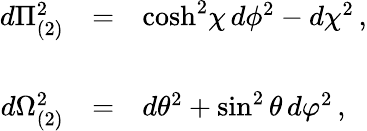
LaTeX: \begin{array}{rcl}{{d\Pi_{(2)}^{2}}}&{{=}}&{{\mathrm{cosh}^{2}\chi\, d\phi^{2}-d\chi^{2}\, ,}}\\ {{}}&{{}}&{{}}\\ {{d\Omega_{(2)}^{2}}}&{{=}}&{{d\theta^{2}+\sin^{2}{\theta}\, d\varphi^{2}\, ,}}\end{array}